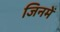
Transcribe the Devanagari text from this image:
जिनमें